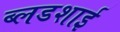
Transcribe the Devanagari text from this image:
ब्लडशाई